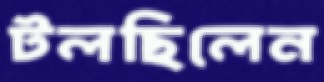
টলছিলেন